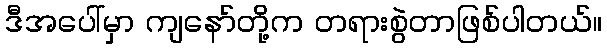
ဒီအပေါ်မှာ ကျနော်တို့က တရားစွဲတာဖြစ်ပါတယ်။